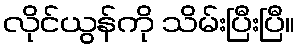
လိုင်ယွန်ကို သိမ်းပြီးပြီ။